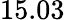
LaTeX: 15.03